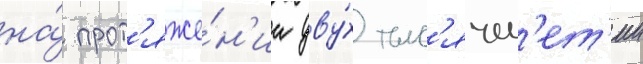
на́ прот'яже́н'ии дву́х тыс'ячел'ет'ии